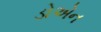
ડોએન